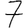
Digit: 7